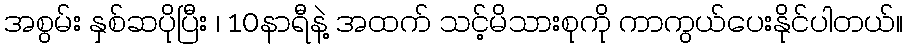
အစွမ်း နှစ်ဆပိုပြီး ၊ 10နာရီနဲ့ အထက် သင့်မိသားစုကို ကာကွယ်ပေးနိုင်ပါတယ်။